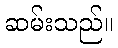
ဆမ်းသည်။